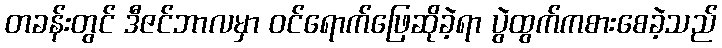
တခန်းတွင် ဒီဇင်ဘာလမှာ ဝင်ရောက်ဖြေဆိုခဲ့ရာ ပွဲထွက်ကစားစေခဲ့သည်